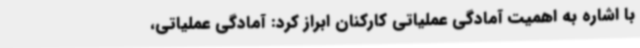
با اشاره به اهمیت آمادگی عملیاتی کارکنان ابراز کرد: آمادگی عملیاتی،